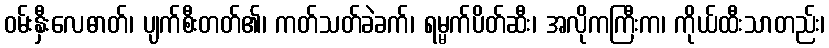
ဝမ်းနှီးလေဓာတ်၊ ပျက်စီးတတ်၏၊ ကတ်သတ်ခဲခက်၊ ရမ္မက်ပိတ်ဆီး၊ အလိုကကြီးက၊ ကိုယ်ထီးသာတည်း၊